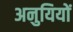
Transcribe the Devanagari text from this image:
अनुयियों